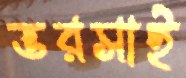
ভরসাই